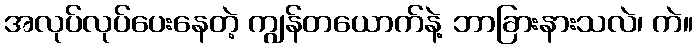
အလုပ်လုပ်ပေးနေတဲ့ ကျွန်တယောက်နဲ့ ဘာခြားနားသလဲ၊ ကဲ။